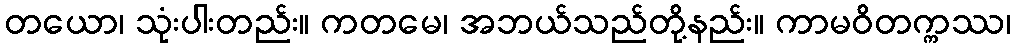
တယော၊ သုံးပါးတည်း။ ကတမေ၊ အဘယ်သည်တို့နည်း။ ကာမဝိတက္ကဿ၊